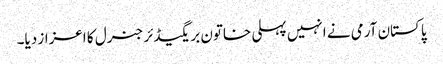
پاکستان آرمی نے انہیں پہلی خاتون بریگیڈئر جنرل کا اعزاز دیا۔